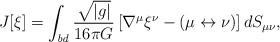
LaTeX: \begin{align*}J[\xi] = \int_{\it bd}\frac{\sqrt{\left| {g} \right|}}{16 \pi G} \left[ \nabla ^{\mu } \xi^{\nu } - (\mu \leftrightarrow \nu)\right] dS_{\mu \nu },\end{align*}